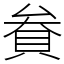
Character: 貵